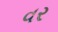
વર